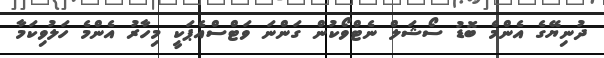
ދުނިޔޭގެ އެންމެ ބޮޑު ސޯޝަލް ނެޓްވޯކުން ގަންނަ ވަޓްސްއެޕަކީ މިހާރު އެންމެ ހަލުވިކަމާ